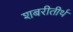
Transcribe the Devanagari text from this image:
शबरीतीर्थ